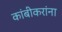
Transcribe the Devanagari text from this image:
कांबीकरांना